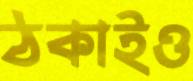
ঠকাইও